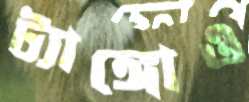
ট্যাঙ্গোও